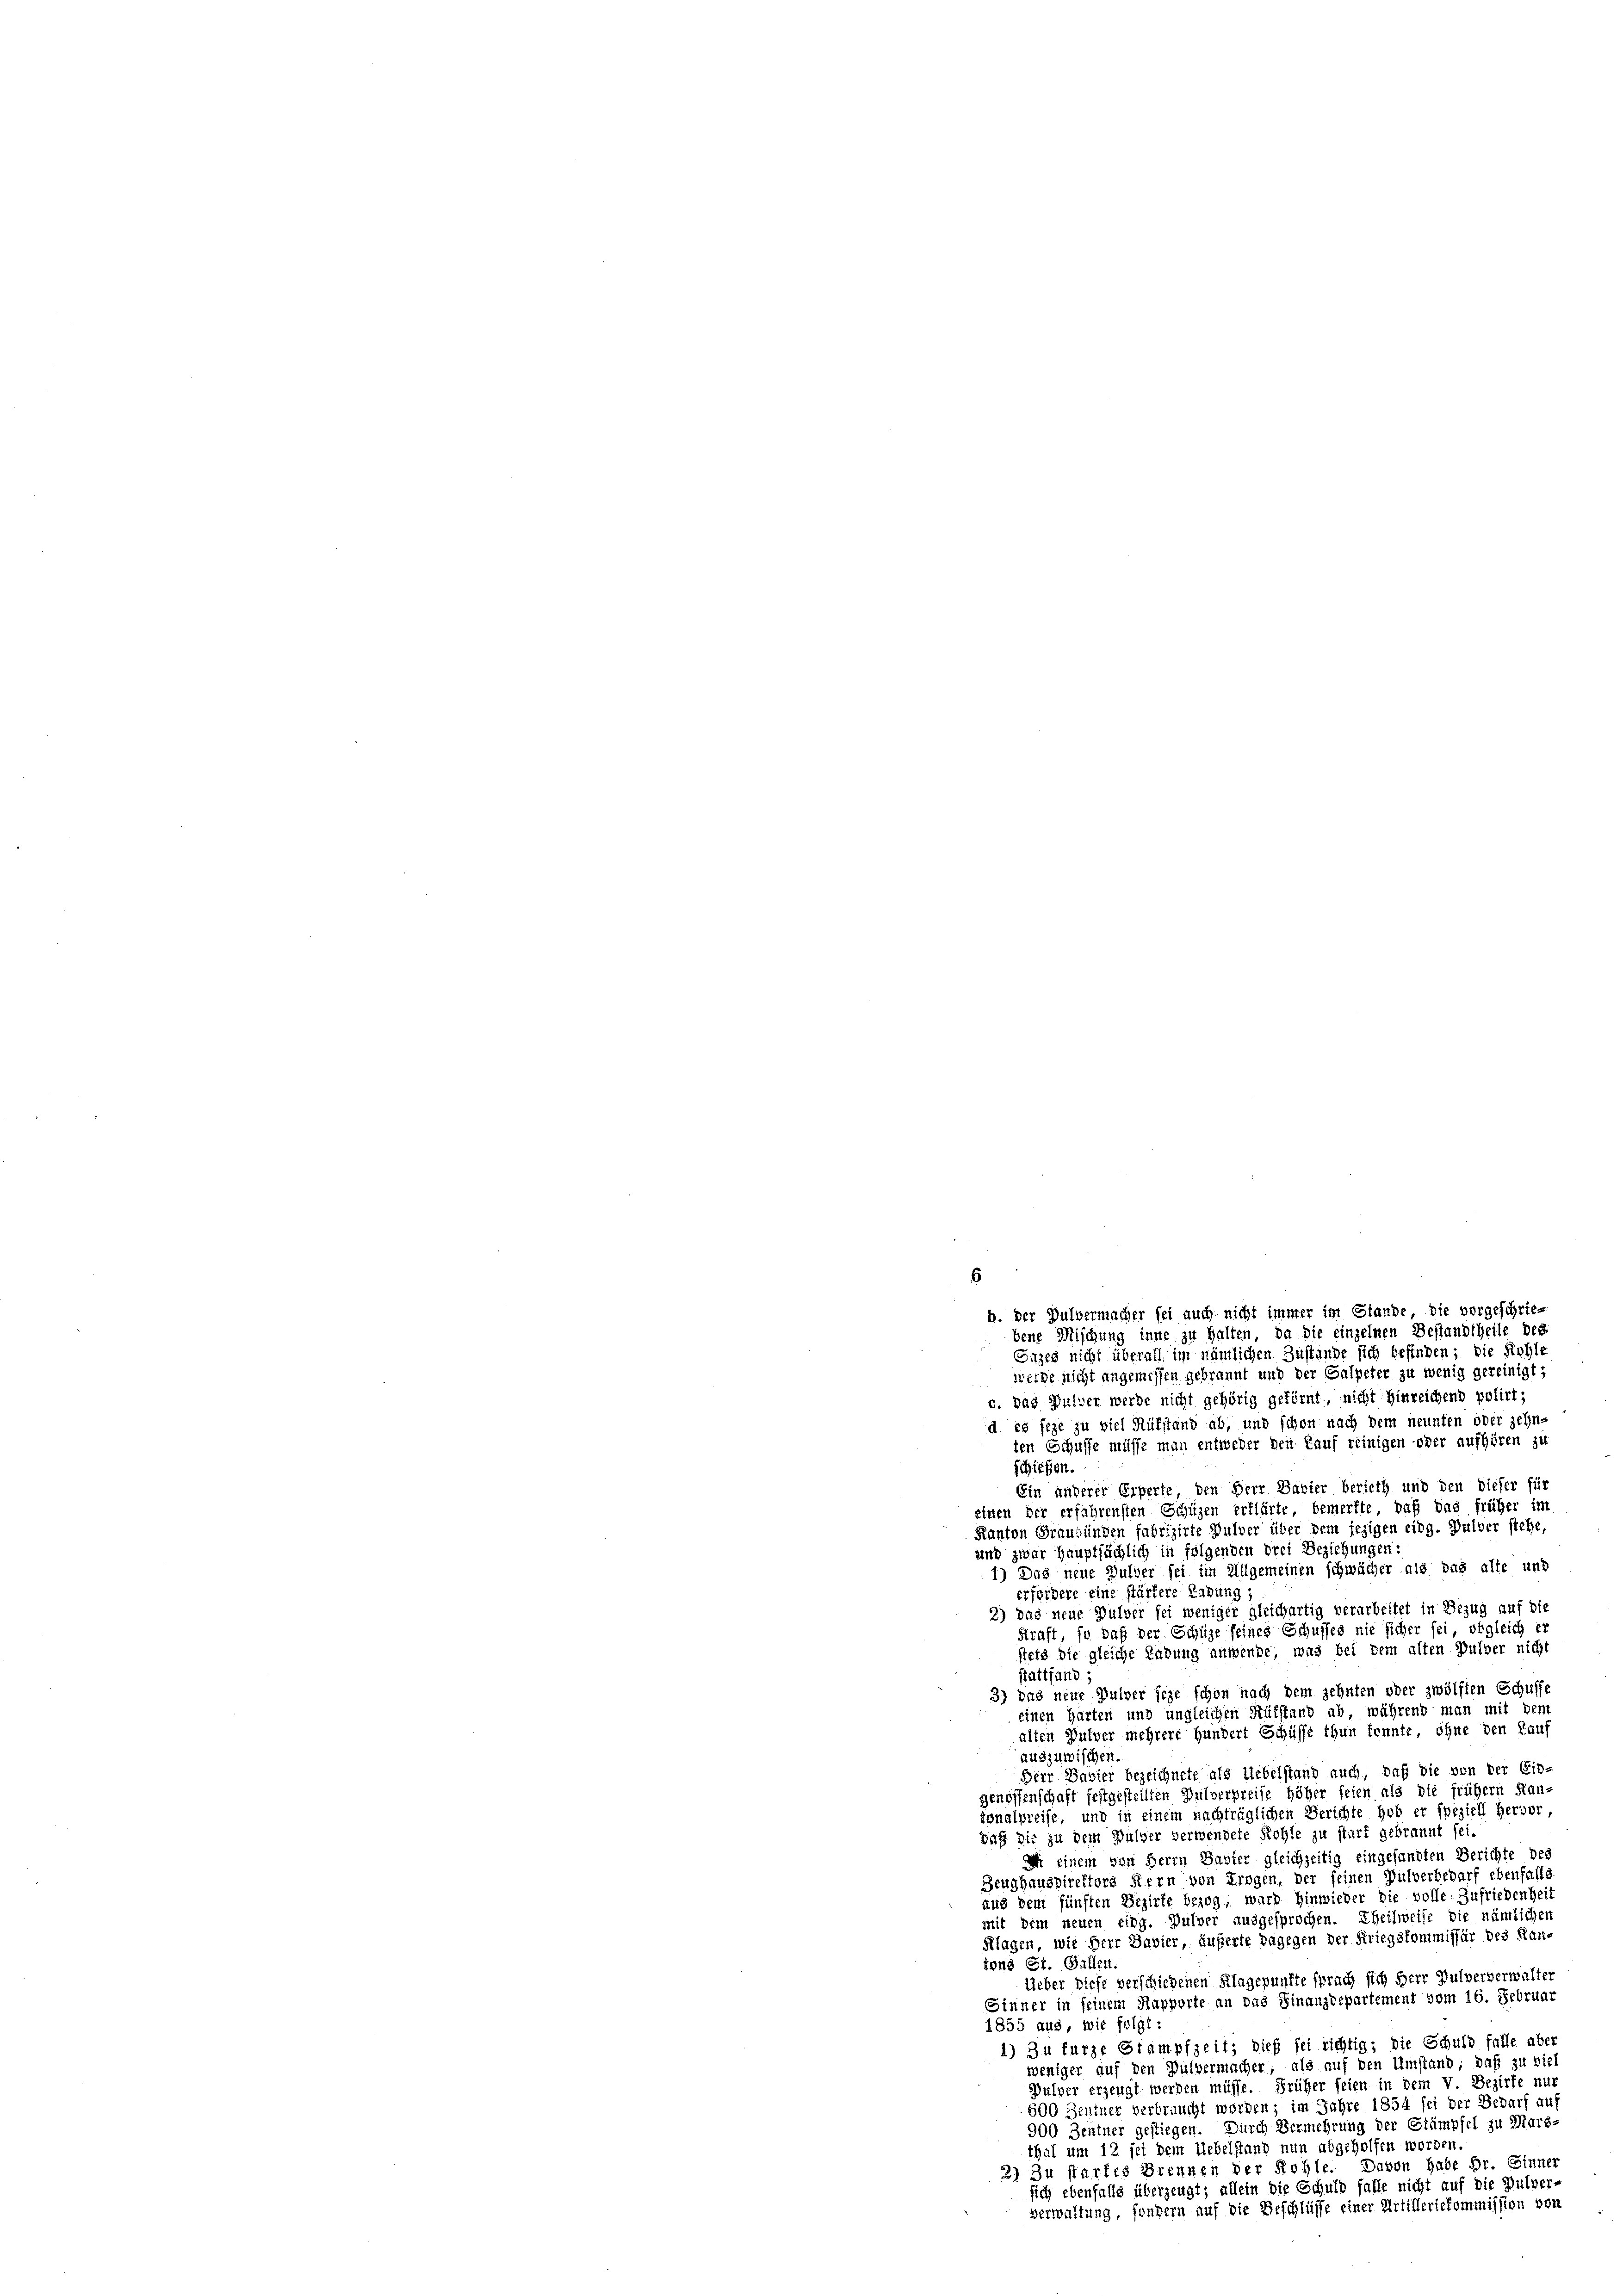
werde nicht angemessen gebrannt und der Galpeter zu wenig gereinigt;
c. das Pulver werde nicht gehörig getörnt, nicht hinreichend polirt;
d. es seze zu viel Rükstand ab, und schon nach dem neunten oder zehn-
ten Schusse müsse man entweder den Kauf reinigen oder aufhören zu
schiehen.
Ein anderer Erperte, den Herr Bavier berieth und den dieser für
einen der erfahrensten Schüzen erklärte, bemerkte, daß das früher im
Kanton Graubünden fabrizirte Pulver über dem jezigen eing. Pulver stehe,
und zwar Hauptsächlich in folgenden drei Beziehungen:
1) Das neue Bulber sei im Allgemeinen schwächer als das alte und
erfordere eine stärtere Labung,
2) das neue Pulver sei weniger gleichartig verarbeitet in Bezug auf die
Kraft, so daß der Schüze seines Schusses nie sicher sei, obgleich er
stets die gleiche Labung anwende, was bei dem alten Pulver nicht
stattfand;
3) das neue Pulver seze schon nach dem zehnten oder zwölften Schusse
einen Harten und ungleichen Rükstand ab, während man mit Bent
alten Pulver mehrere Hundert Schüsse thun konnte, ohne den Kauf
auszuwischen.
Herr Davier bezeichnete als Uebelstand auch, daß die von der Ein-
genossenschaft festgestellten Pulverpreise höher feien als die frühem Kan-
tonalpreise, und in einem nachträglichen Berichte hob er speziell Hervor,
Daß Dir zu dem Pulver verwendete Rohle zu start gebrannt sei.
I einem von Herrn Savier gleichzeitig eingesandten Berichte des
Zeughauspirektors Kern von Trogen, der seinen Pulverbedarf ebenfalls
aus dem fünften Bezirke bezog, ward hinwieder die volle. Zufriedenhei
mit dem neuen eidg. Pulver ausgesprochen. Theilweise die nämlichen
Klagen, wie Herr Bavier, äußerte dagegen der Kriegskommissär des Rantons St. Gallen.
Ueber diese verschiedenen Klagepunkte sprach sich Herr Pulververwalter
Sinner in seinem Rapporte an das Finanzdepartement vom 16. Februar
1855 aus, wie folgt:
1) Zu furze Giampfzeit; dieß sei richtig; die Schuld falle aber
weniger auf den Pulvermacher, als auf den Umstand; daß zu viel
Pulver erzeugt werden müsse. Früher seien in dem V. Bezirke nur
500 Zentner verbraucht worden; im Jahre 1854 sei der Bedarf auf
900 Zentner gestiegen. Durch Vermehrung der Stämpfel zu Mars-
thul um 12 sei dem Uebelstand nun abgeholfen worden,
2) Zu starkes Brennen der Rohle. Davon habe Dr. Sinner
sich ebenfalls überzeugt; allein die Schuld falle nicht auf die Pulver-
verwaltung, sondern auf die Beschlüsse einer Artilleriekommission von

b. der Pulvermacher sei auch nicht immer im Glande, die vorgeschriebene Mischung inne zu halten, da die einzelnen Bestandtheile des
Enzes nicht überall im nämlichen Zustände sich befinden; die Kohle